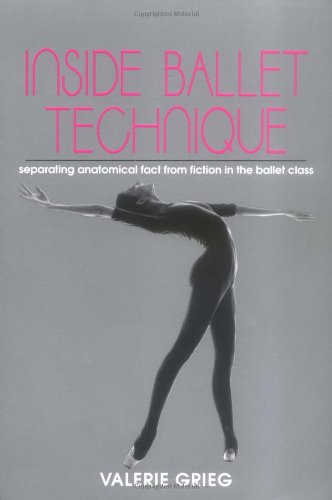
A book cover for Inside Ballet Technique: Separating Anatomical Fact from Fiction in the Ballet Class; Valerie Grieg; Humor & Entertainment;